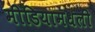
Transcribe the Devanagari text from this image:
मीडियामधली